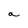
Character: a